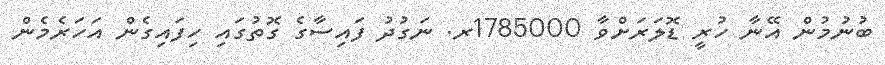
ބުނުމުން އޭނާ ހުރީ ޑޮލަރަށްވާ 1785000ރ. ނަގުދު ފައިސާގެ ގޮތުގައި ހިފައިގެން އަހަރެމެން